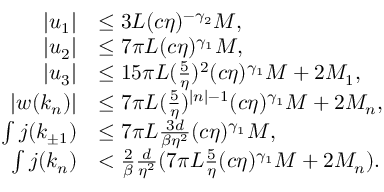
\begin{array} { r l } { \vert u _ { 1 } \vert } & { \le 3 L ( c \eta ) ^ { - \gamma _ { 2 } } M , } \\ { \vert u _ { 2 } \vert } & { \le 7 \pi L ( c \eta ) ^ { \gamma _ { 1 } } M , } \\ { \vert u _ { 3 } \vert } & { \le 1 5 \pi L ( \frac 5 \eta ) ^ { 2 } ( c \eta ) ^ { \gamma _ { 1 } } M + 2 M _ { 1 } , } \\ { \vert w ( k _ { n } ) \vert } & { \le 7 \pi L ( \frac 5 \eta ) ^ { \vert n \vert - 1 } ( c \eta ) ^ { \gamma _ { 1 } } M + 2 M _ { n } , } \\ { \int j ( k _ { \pm 1 } ) } & { \le 7 \pi L \frac { 3 d } { \beta \eta ^ { 2 } } ( c \eta ) ^ { \gamma _ { 1 } } M , } \\ { \int j ( k _ { n } ) } & { < \frac 2 \beta \frac d { \eta ^ { 2 } } ( 7 \pi L \frac 5 \eta ( c \eta ) ^ { \gamma _ { 1 } } M + 2 M _ { n } ) . } \end{array}